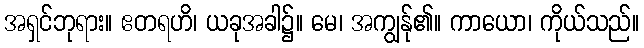
အရှင်ဘုရား။ ဧတရဟိ၊ ယခုအခါ၌။ မေ၊ အကျွန်ု၏။ ကာယော၊ ကိုယ်သည်။